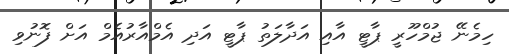
ހިމެނޭ ޖުމްހޫރީ ޕާޓީ އާއި އަދާލަތު ޕާޓީ އަދި އެމްއާރުއެމް އަށް ފޮނުވި